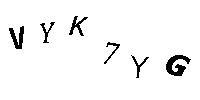
VYK7YG